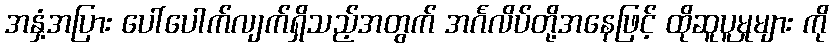
အနှံ့အပြား ပေါ်ပေါက်လျက်ရှိသည့်အတွက် အင်္ဂလိပ်တို့အနေဖြင့် ထိုဆူပူမှုများ ကို